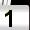
Digit: 1